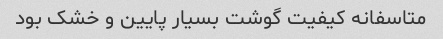
متاسفانه کیفیت گوشت بسیار پایین و خشک بود